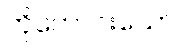
တိုတောင်းသော